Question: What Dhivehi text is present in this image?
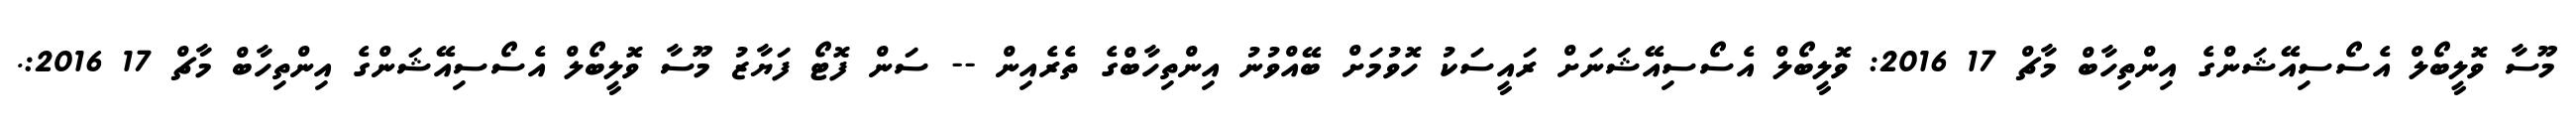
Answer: މޫސާ ވޮލީބޯލް އެސޯސިއޭޝަންގެ އިންތިހާބް މާޗް 17 2016: ވޮލީބޯލް އެސޯސިއޭޝަނަށް ރައީސަކު ހޮވުމަށް ބޭއްވުނު އިންތިހާބްގެ ތެރެއިން -- ސަން ފޮޓޯ ފަޔާޒު މޫސާ ވޮލީބޯލް އެސޯސިއޭޝަންގެ އިންތިހާބް މާޗް 17 2016:.